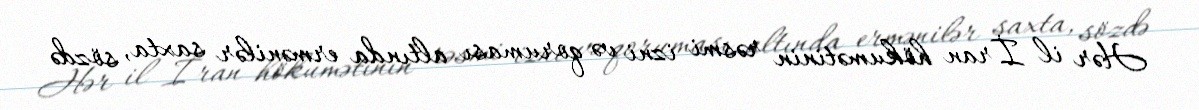
Hər il İran hökumətinin rəsmi izni və qoruması altında ermənilər saxta, sözdə